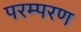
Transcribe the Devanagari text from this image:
परम्परण